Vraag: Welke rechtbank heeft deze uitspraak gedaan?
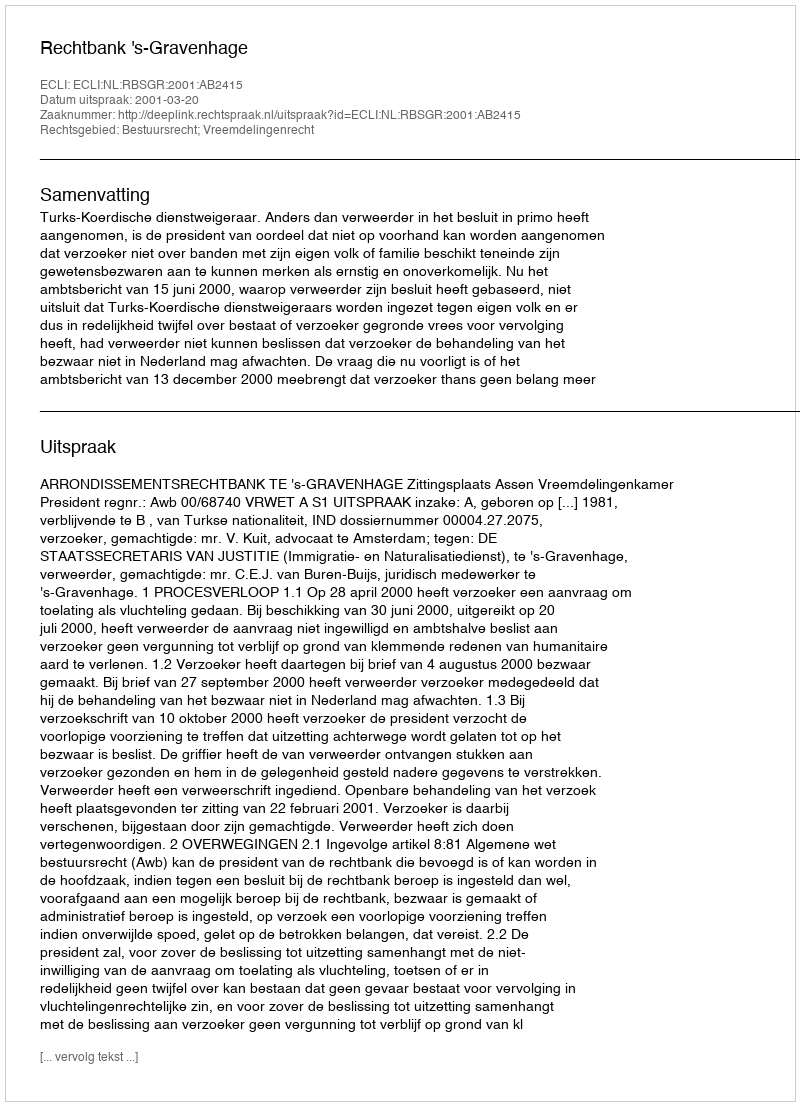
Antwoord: Rechtbank 's-Gravenhage